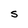
Character: s